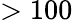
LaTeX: >100